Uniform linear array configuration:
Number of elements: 24
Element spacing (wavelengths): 0.5
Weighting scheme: hann
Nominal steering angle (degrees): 45
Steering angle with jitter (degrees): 43.768
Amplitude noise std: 0.05
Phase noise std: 0.05

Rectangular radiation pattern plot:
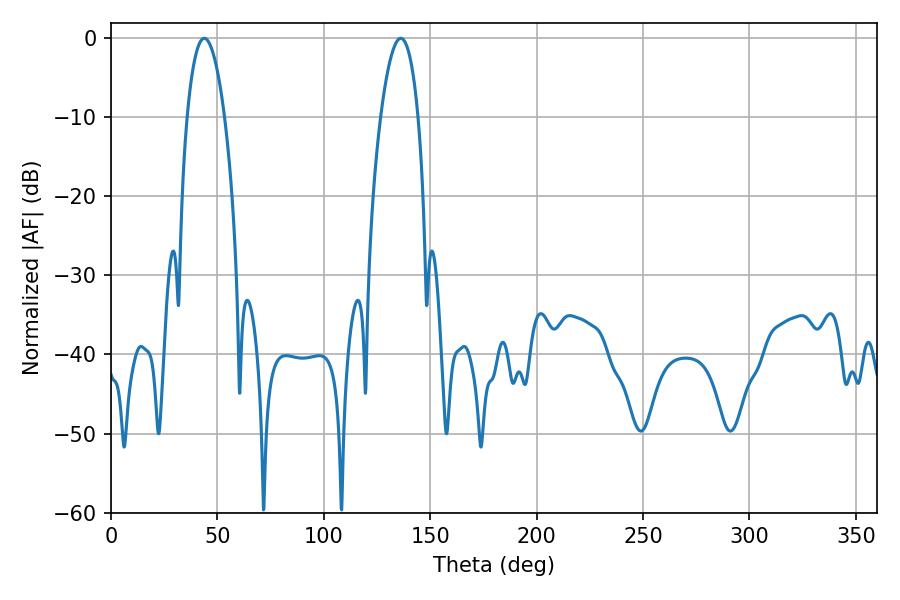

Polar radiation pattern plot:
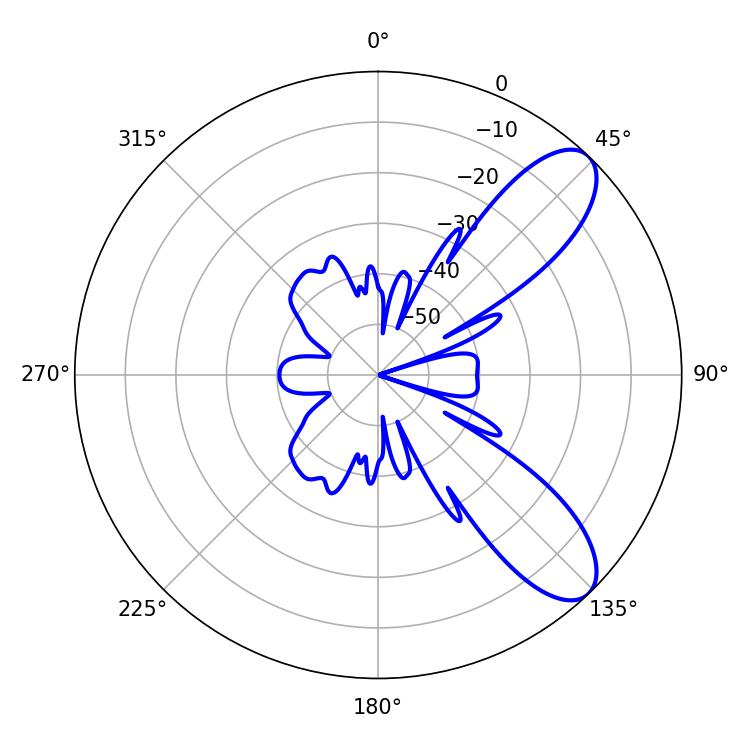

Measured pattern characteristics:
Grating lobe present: FALSE
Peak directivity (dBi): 8.965
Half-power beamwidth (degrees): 9.72
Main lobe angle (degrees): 43.92